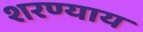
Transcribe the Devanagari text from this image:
शरण्याय